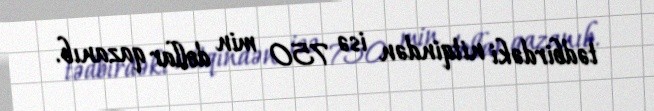
tədbirdəki nitqindən isə 750 min dollar qazanıb.